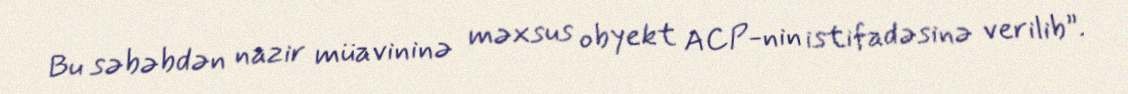
Bu səbəbdən nazir müavininə məxsus obyekt ACP-nin istifadəsinə verilib”.